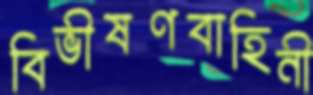
বিভীষণবাহিনী